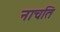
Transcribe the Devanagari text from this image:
नाचति